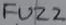
Text: FUZZ